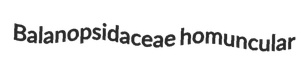
Balanopsidaceae homuncular